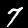
Digit: 7